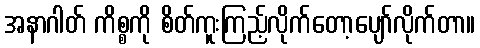
အနာဂါတ် ကိစ္စကို စိတ်ကူးကြည့်လိုက်တော့ပျော်လိုက်တာ။